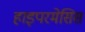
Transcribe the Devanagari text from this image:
हाइपरमेसिस